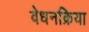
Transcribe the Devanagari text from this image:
वेधनक्रिया